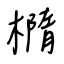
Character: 橢